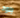
بلود